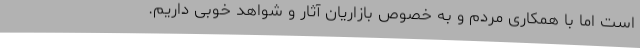
است اما با همکاری مردم و به خصوص بازاریان آثار و شواهد خوبی داریم.